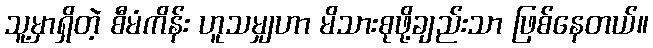
သူ့မှာရှိတဲ့ စီမံကိန်း ဟူသမျှဟာ မိသားစုဖို့ချည်းသာ ဖြစ်နေတယ်။